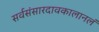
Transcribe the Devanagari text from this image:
सर्वसंसारदावकालानलं